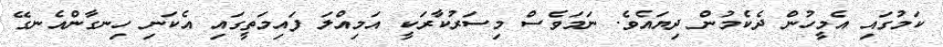
ކަމުގައި އެމީހުން ދެކެމުން ދިޔައެވެ. ނަމަވެސް މިސަރުކާރަކީ އަމިއްލަ ފައިމަތީގައި އެކަނި ހިނގާންއެނގޭ